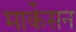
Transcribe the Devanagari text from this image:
मार्केसन